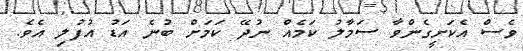
ވެސް އެކަށީގެންވާ ސަމާލު ކަމެއް ނުދޭ ކަމަށް ބުނެ އަޑު އުފުލި އެވެ.